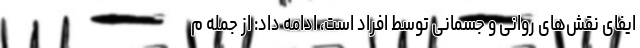
ایفای نقش‌های روانی و جسمانی توسط افراد است، ادامه داد: از جمله م